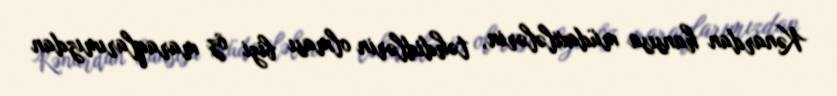
Kənardan hansısa müdaxilələrin, təhdidlərin olması bizi öz maraqlarımızdan